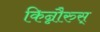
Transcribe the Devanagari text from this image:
किन्नौरुस्